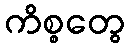
ကိစ္စတွေ